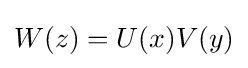
W(z)=U(x)V(y)